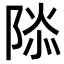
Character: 𮥑